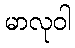
မာလုဝါ